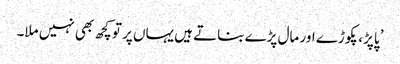
’ پاپڑ، پکوڑے اور مال پڑے بناتے ہیں یہاں پر تو کچھ بھی نہیں ملا۔